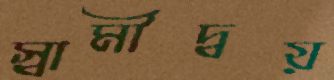
স্বামীদ্বয়